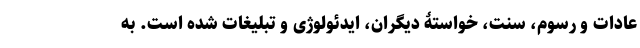
عادات و رسوم، سنت، خواستۀ دیگران، ایدئولوژی و تبلیغات شده است. به